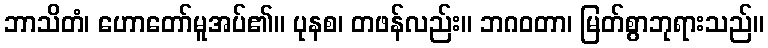
ဘာသိတံ၊ ဟောတော်မူအပ်၏။ ပုနစ၊ တဖန်လည်း။ ဘဂဝတာ၊ မြတ်စွာဘုရားသည်။